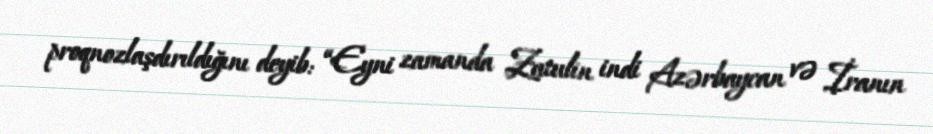
proqnozlaşdırıldığını deyib: “Eyni zamanda Zatulin indi Azərbaycan və İranın